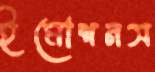
ইমোশনস